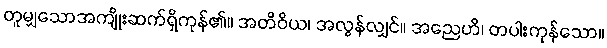
တူမျှသောအကျိုးဆက်ရှိကုန်၏။ အတိဝိယ၊ အလွန်လျှင်။ အညေဟိ၊ တပါးကုန်သော။